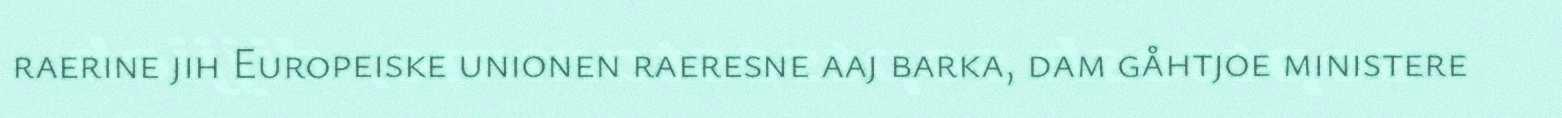
raerine jih Europeiske unionen raeresne aaj barka, dam gåhtjoe ministere